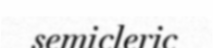
semicleric